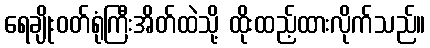
ရေချိုးဝတ်ရုံကြီးအိတ်ထဲသို့ ထိုးထည့်ထားလိုက်သည်။